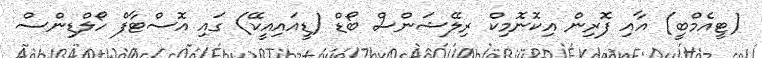
(ޓީއެމްބީ) އާއި ފޮރިން އިކޮނޮމިކް ރިލޭޝަންސް ބޯޑް (ޑީއައިއީކޭ) ގައި އޮސްޓާފް ހޯލްޑިންސް